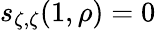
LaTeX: s_{\zeta,\zeta}(1,\rho)=0